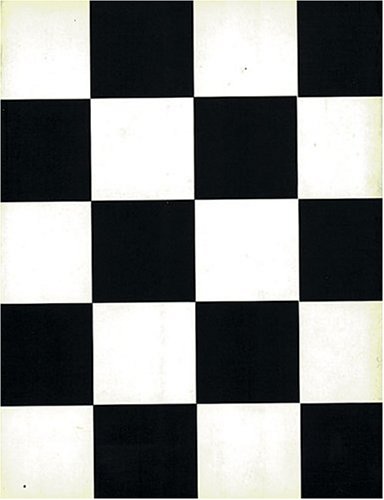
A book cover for Book Of Disappearances & The Book Of Tractations, The; Raul Ruiz; Science Fiction & Fantasy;